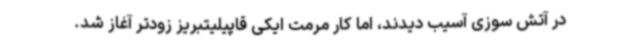
در آتش سوزی آسیب دیدند، اما کار مرمت ایکی قاپیلیتبریز زودتر آغاز شد.